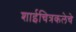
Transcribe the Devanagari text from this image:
शाईचित्रकलेचे